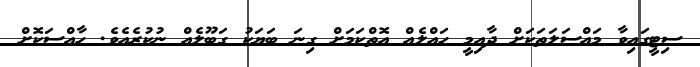
ސިޓީގައިވާ މައްސަލަތަކަށް ދާއިމީ ހައްލެއް އޮތްކަމަށް ގިނަ ބަޔަކު ގަބޫލެއް ނުކުރެއެވެ. ހާއްސަކޮށް